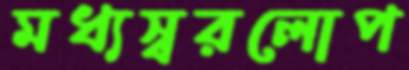
মধ্যস্বরলোপ